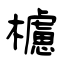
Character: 櫖